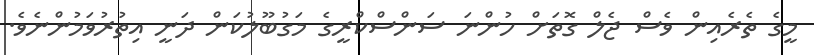
މީގެ ތެރެއިން ވެސް ޖެލް ގޮތަށް ހުންނަ ސަންސްކްރީގެ މަގުބޫލުކަން ދަނީ އިތުރުވަމުންނެވެ.